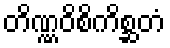
တိဏ္ဏဝိစိကိစ္ဆတံ